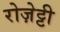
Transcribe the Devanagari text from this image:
रोज़ेट्टी